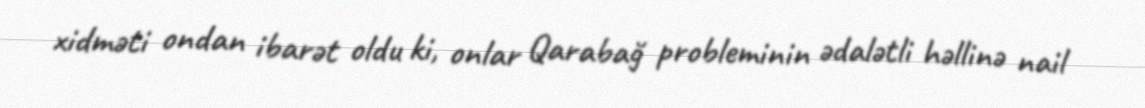
xidməti ondan ibarət oldu ki, onlar Qarabağ probleminin ədalətli həllinə nail